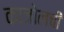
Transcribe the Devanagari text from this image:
काजोलची